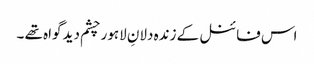
اس فائنل کے زندہ دلانِ لاہور چشم دید گواہ تھے ۔